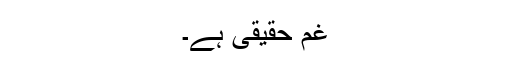
غم حقیقی ہے۔